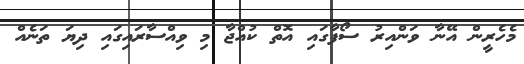
މެހެރީން އޭނާ ވަންއިރު ސޯފާގައި އޮތް ކުއްޖާ މި ވިއްސާރައިގައި ދިޔަ ތަނެއް